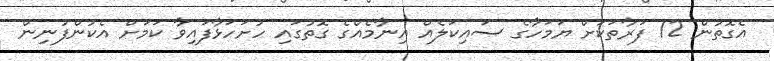
އެގޮތުން 12 ފަރާތަކަށް ޔަމަހާގެ ސައިކަލެއް އިނާމެއްގެ ގޮތުގައި ހުށަހަޅާފައިވާ ކަމަށް އެކުންފުނިން